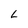
Character: L